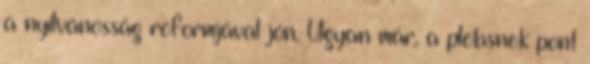
a nyilvánosság reformjával jön. Ugyan már, a plebsnek pont